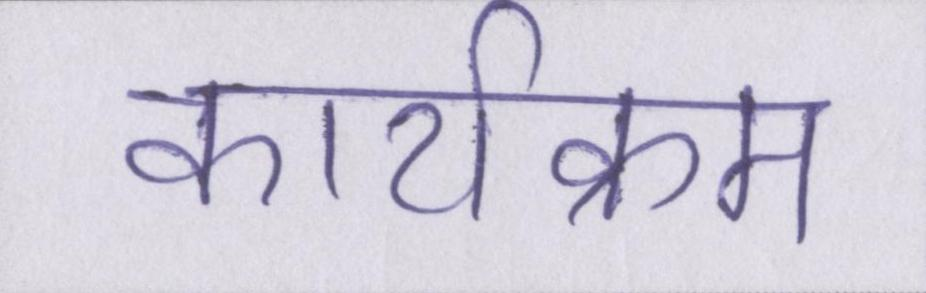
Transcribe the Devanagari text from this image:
कार्यक्रम